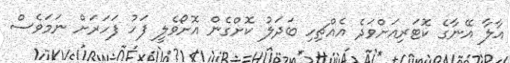
އާލާ އޭނާގެ ކޮޓަރިއަށްވަދެ އެއްޗިހި ބަދަލު ކޮށްގެން އޮށޯވެލީ ފަހު ފަހަރަށް ނަމަވެސް